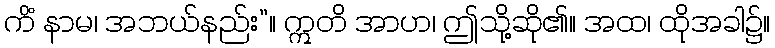
ကိံ နာမ၊ အဘယ်နည်း”။ ဣတိ အာဟ၊ ဤသို့ဆို၏။ အထ၊ ထိုအခါ၌။